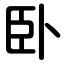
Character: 卧